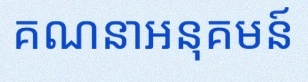
គណនាអនុគមន៍